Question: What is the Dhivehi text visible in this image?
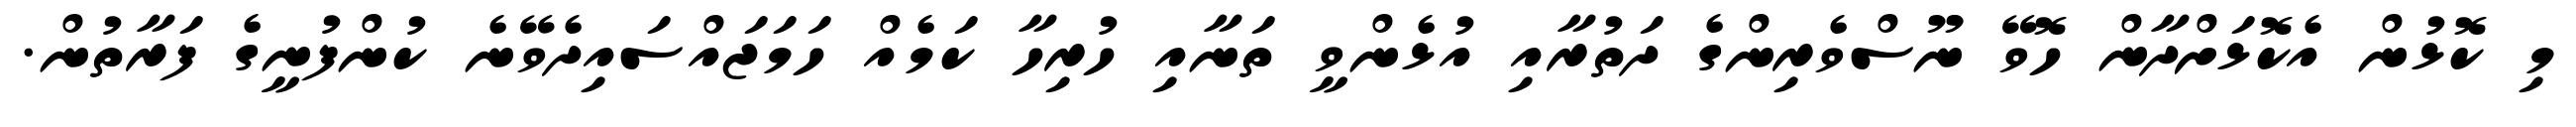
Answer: މި ކޮޅުން އެކޮޅަށްދާން ހޮވޭ ނޫސްވެރިންގެ ދަތުރާއި އުޅެންވީ ތަނާއި ހުރިހާ ކަމެއް ހަމަޖައްސައިދެވޭނެ ކުންފުނީގެ ފަރާތުން.